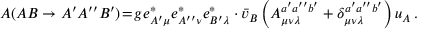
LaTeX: { \cal A } ( A B \to A ^ { \prime } A ^ { \prime \prime } B ^ { \prime } ) \! = \! g e _ { A ^ { \prime } \mu } ^ { * } e _ { A ^ { \prime \prime } \nu } ^ { * } e _ { B ^ { \prime } \lambda } ^ { * } \cdot \bar { v } _ { B } \left( A _ { \mu \nu \lambda } ^ { a ^ { \prime } a ^ { \prime \prime } b ^ { \prime } } + \delta _ { \mu \nu \lambda } ^ { a ^ { \prime } a ^ { \prime \prime } b ^ { \prime } } \right) u _ { A } \, .